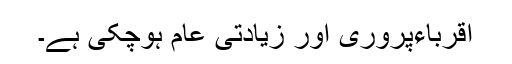
اقرباءپروری اور زیادتی عام ہوچکی ہے۔